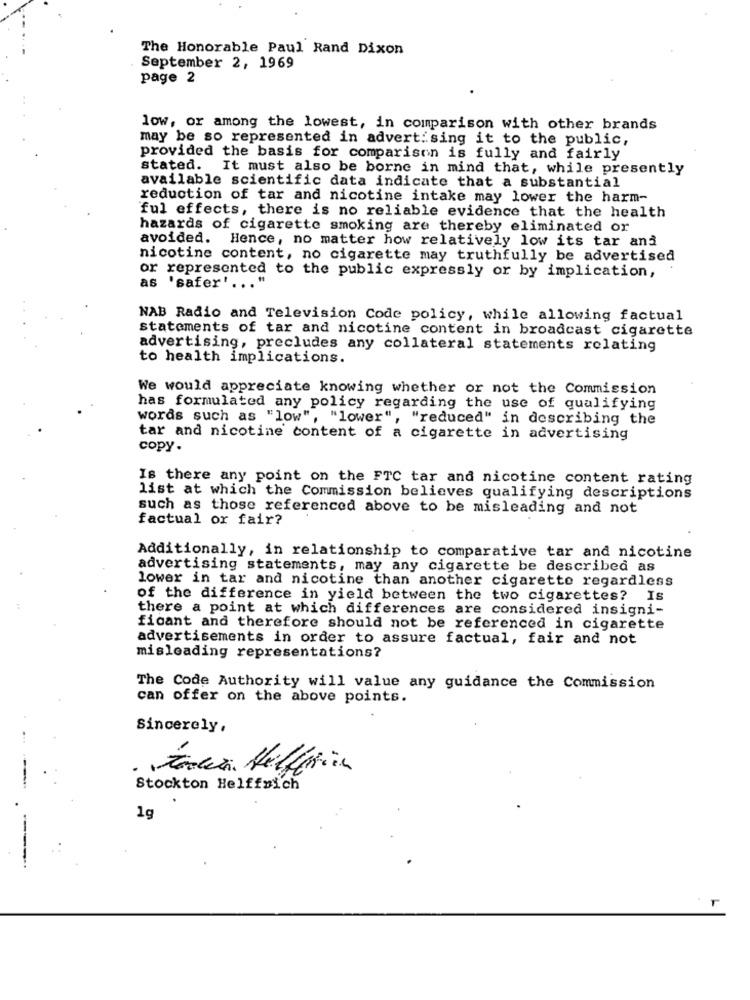
The Honorable Paul Rand Dixon
September 2, 1969
page 2
low, or among the lowest, in comparison with other brands
may be so represented in advertising it to the public,
provided the basis for comparison is fully and fairly
stated. It must also be borne in mind that, while presently
available scientific data indicate that a substantial
reduction of tar and nicotine intake may lower the harm-
ful effects, there is no reliable evidence that the health
hazards of cigarette smoking are thereby eliminated or
avoided. Hence, no matter how relatively low its tar and
nicotine content, no cigarette may truthfully be advertised
or represented to the public expressly or by implication,
as 'safer' ... "
NAB Radio and Television Code policy, while allowing factual
statements of tar and nicotine content in broadcast cigarette
advertising, precludes any collateral statements relating
to health implications.
We would appreciate knowing whether or not the Commission
has formulated any policy regarding the use of qualifying
words such as "low", "lower", "reduced" in describing the
tar and nicotine content of a cigarette in advertising
copy.
Is there any point on the FTC tar and nicotine content rating
list at which the Commission believes qualifying descriptions
such as those referenced above to be misleading and not
factual or fair?
Additionally, in relationship to comparative tar and nicotine
advertising statements, may any cigarette be described as
lower in tar and nicotine than another cigarette regardless
of the difference in yield between the two cigarettes? Is
there a point at which differences are considered insigni-
ficant and therefore should not be referenced in cigarette
advertisements in order to assure factual, fair and not
misleading representations?
The Code Authority will value any guidance the Commission
can offer on the above points.
Sincerely,
...
Stockton Helffmich
1g